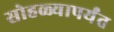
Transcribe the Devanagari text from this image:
सोहळ्यापर्यंत